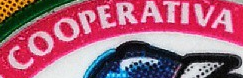
COOPERATIVA